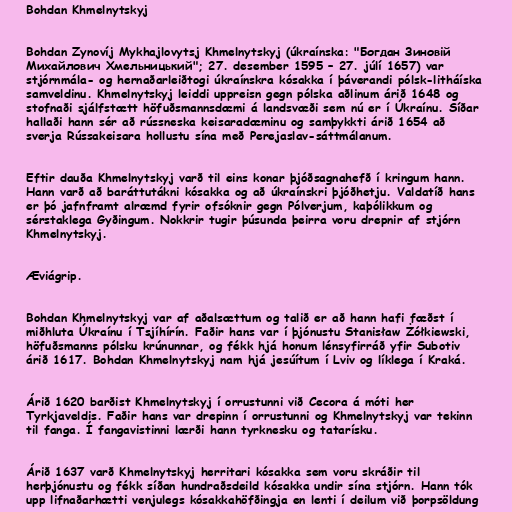
Bohdan Khmelnytskyj

Bohdan Zynovíj Mykhajlovytsj Khmelnytskyj (úkraínska: "Богдан Зиновій
Михайлович Хмельницький"; 27. desember 1595 – 27. júlí 1657) var
stjórnmála- og hernaðarleiðtogi úkraínskra kósakka í þáverandi pólsk-litháíska
samveldinu. Khmelnytskyj leiddi uppreisn gegn pólska aðlinum árið 1648 og
stofnaði sjálfstætt höfuðsmannsdæmi á landsvæði sem nú er í Úkraínu. Síðar
hallaði hann sér að rússneska keisaradæminu og samþykkti árið 1654 að
sverja Rússakeisara hollustu sína með Perejaslav-sáttmálanum.

Eftir dauða Khmelnytskyj varð til eins konar þjóðsagnahefð í kringum hann.
Hann varð að baráttutákni kósakka og að úkraínskri þjóðhetju. Valdatíð hans
er þó jafnframt alræmd fyrir ofsóknir gegn Pólverjum, kaþólikkum og
sérstaklega Gyðingum. Nokkrir tugir þúsunda þeirra voru drepnir af stjórn
Khmelnytskyj.

Æviágrip.

Bohdan Khmelnytskyj var af aðalsættum og talið er að hann hafi fæðst í
miðhluta Úkraínu í Tsjíhírín. Faðir hans var í þjónustu Stanisław Żółkiewski,
höfuðsmanns pólsku krúnunnar, og fékk hjá honum lénsyfirráð yfir Subotiv
árið 1617. Bohdan Khmelnytskyj nam hjá jesúítum í Lviv og líklega í Kraká.

Árið 1620 barðist Khmelnytskyj í orrustunni við Cecora á móti her
Tyrkjaveldis. Faðir hans var drepinn í orrustunni og Khmelnytskyj var tekinn
til fanga. Í fangavistinni lærði hann tyrknesku og tatarísku.

Árið 1637 varð Khmelnytskyj herritari kósakka sem voru skráðir til
herþjónustu og fékk síðan hundraðsdeild kósakka undir sína stjórn. Hann tók
upp lifnaðarhætti venjulegs kósakkahöfðingja en lenti í deilum við þorpsöldung